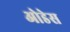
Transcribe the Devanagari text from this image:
ओडेस